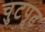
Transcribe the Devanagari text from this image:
चुटपूट